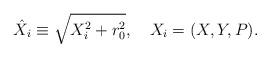
LaTeX: \begin{align*}\hat X_{i} \equiv\sqrt{ X_{i}^{2}+r_{0}^{2}}, \ \ \ X_{i}=(X,Y,P).\end{align*}